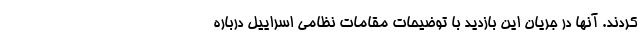
کردند. آنها در جریان این بازدید با توضیحات مقامات نظامی اسراییل درباره